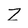
Character: Z